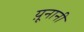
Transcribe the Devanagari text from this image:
य़ूनानी